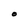
Character: O